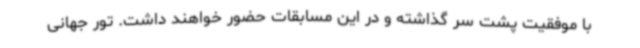
با موفقیت پشت سر گذاشته و در این مسابقات حضور خواهند داشت. تور جهانی